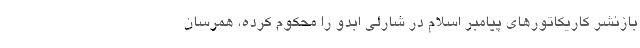
بازنشر کاریکاتورهای پیامبر اسلام در شارلی ابدو را محکوم کرده، همرسان